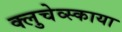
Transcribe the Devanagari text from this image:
क्लुचेव्स्काया